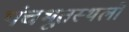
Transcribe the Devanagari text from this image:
पंचभूतस्थलों